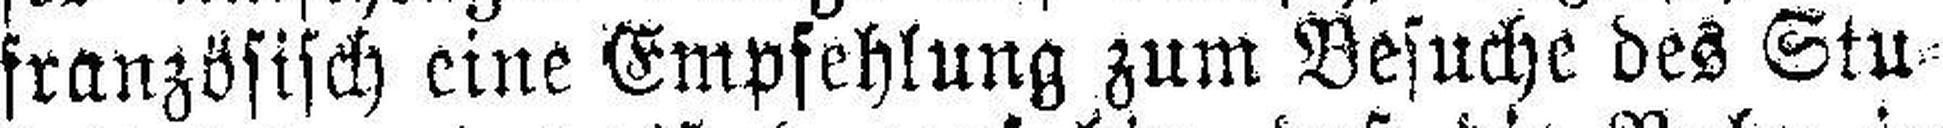
französisch eine Empfehlung zum Besuche des Stu¬